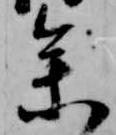
参